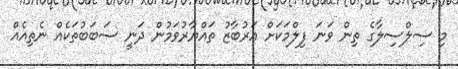
މި ސިލްސިލާގެ ތިން ވަނަ ފިލްމަކަށް އަރުބާޒު ތައްޔާރުވަމުން ދަނީ ސަބަބުތަކެއް ނެތިއެއް